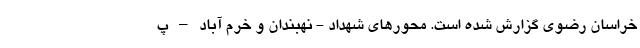
خراسان رضوی گزارش شده است. محورهای شهداد - نهبندان و خرم آباد – پ